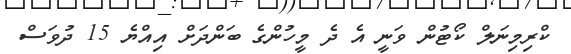
ކްރިމިނަލް ކޯޓުން ވަނީ އެ ދެ މީހުންގެ ބަންދަށް އިއްޔެ 15 ދުވަސް